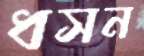
ধসন